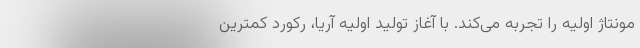
مونتاژ اولیه را تجربه می‌کند. با آغاز تولید اولیه آریا، رکورد کمترین